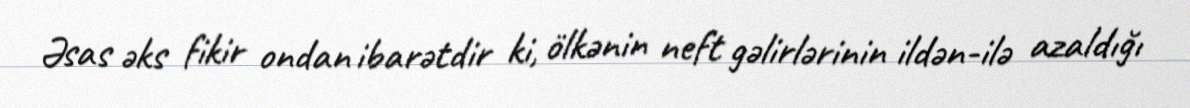
Əsas əks fikir ondan ibarətdir ki, ölkənin neft gəlirlərinin ildən-ilə azaldığı